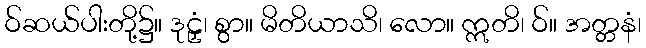
ဝ်ဆယ်ပါးတို့၌။ ဒုဠှံ၊ စွာ။ မိတိယာသိ၊ လော။ ဣတိ၊ ဝ်။ အတ္တနံ၊